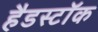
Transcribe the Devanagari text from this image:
हैडस्टॉक